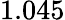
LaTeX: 1.045